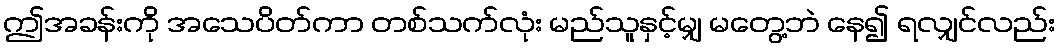
ဤအခန်းကို အသေပိတ်ကာ တစ်သက်လုံး မည်သူနှင့်မျှ မတွေ့ဘဲ နေ၍ ရလျှင်လည်း